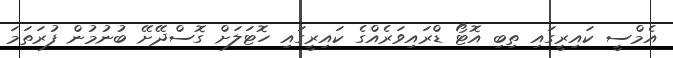
އެމްސީ ކައިރީގައި ތިބި އޮޓޯ ޑްރައިވަރެއްގެ ކައިރީގައި ހޮޓަލަށް ގޮސްދޭށޭ ބުނުމުން ފުރަތަމަ